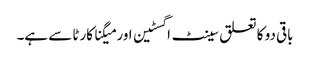
باقی دو کا تعلق سینٹ اگسٹین اور میگنا کارٹا سے ہے۔